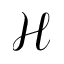
\mathcal { H }